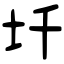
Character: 圲